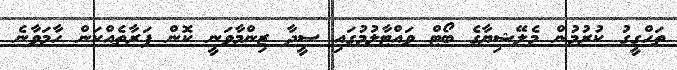
ތަހްގީގު ކުރުމުން މެލޭޝިޔާގެ ބޯޓް ވައްޓާލުމުގައި ސީދާ ޒިންމާވަނީ ކޮން ފަރާތެއްކަން ހާމަވާނެ